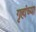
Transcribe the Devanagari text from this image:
गृहांच्या